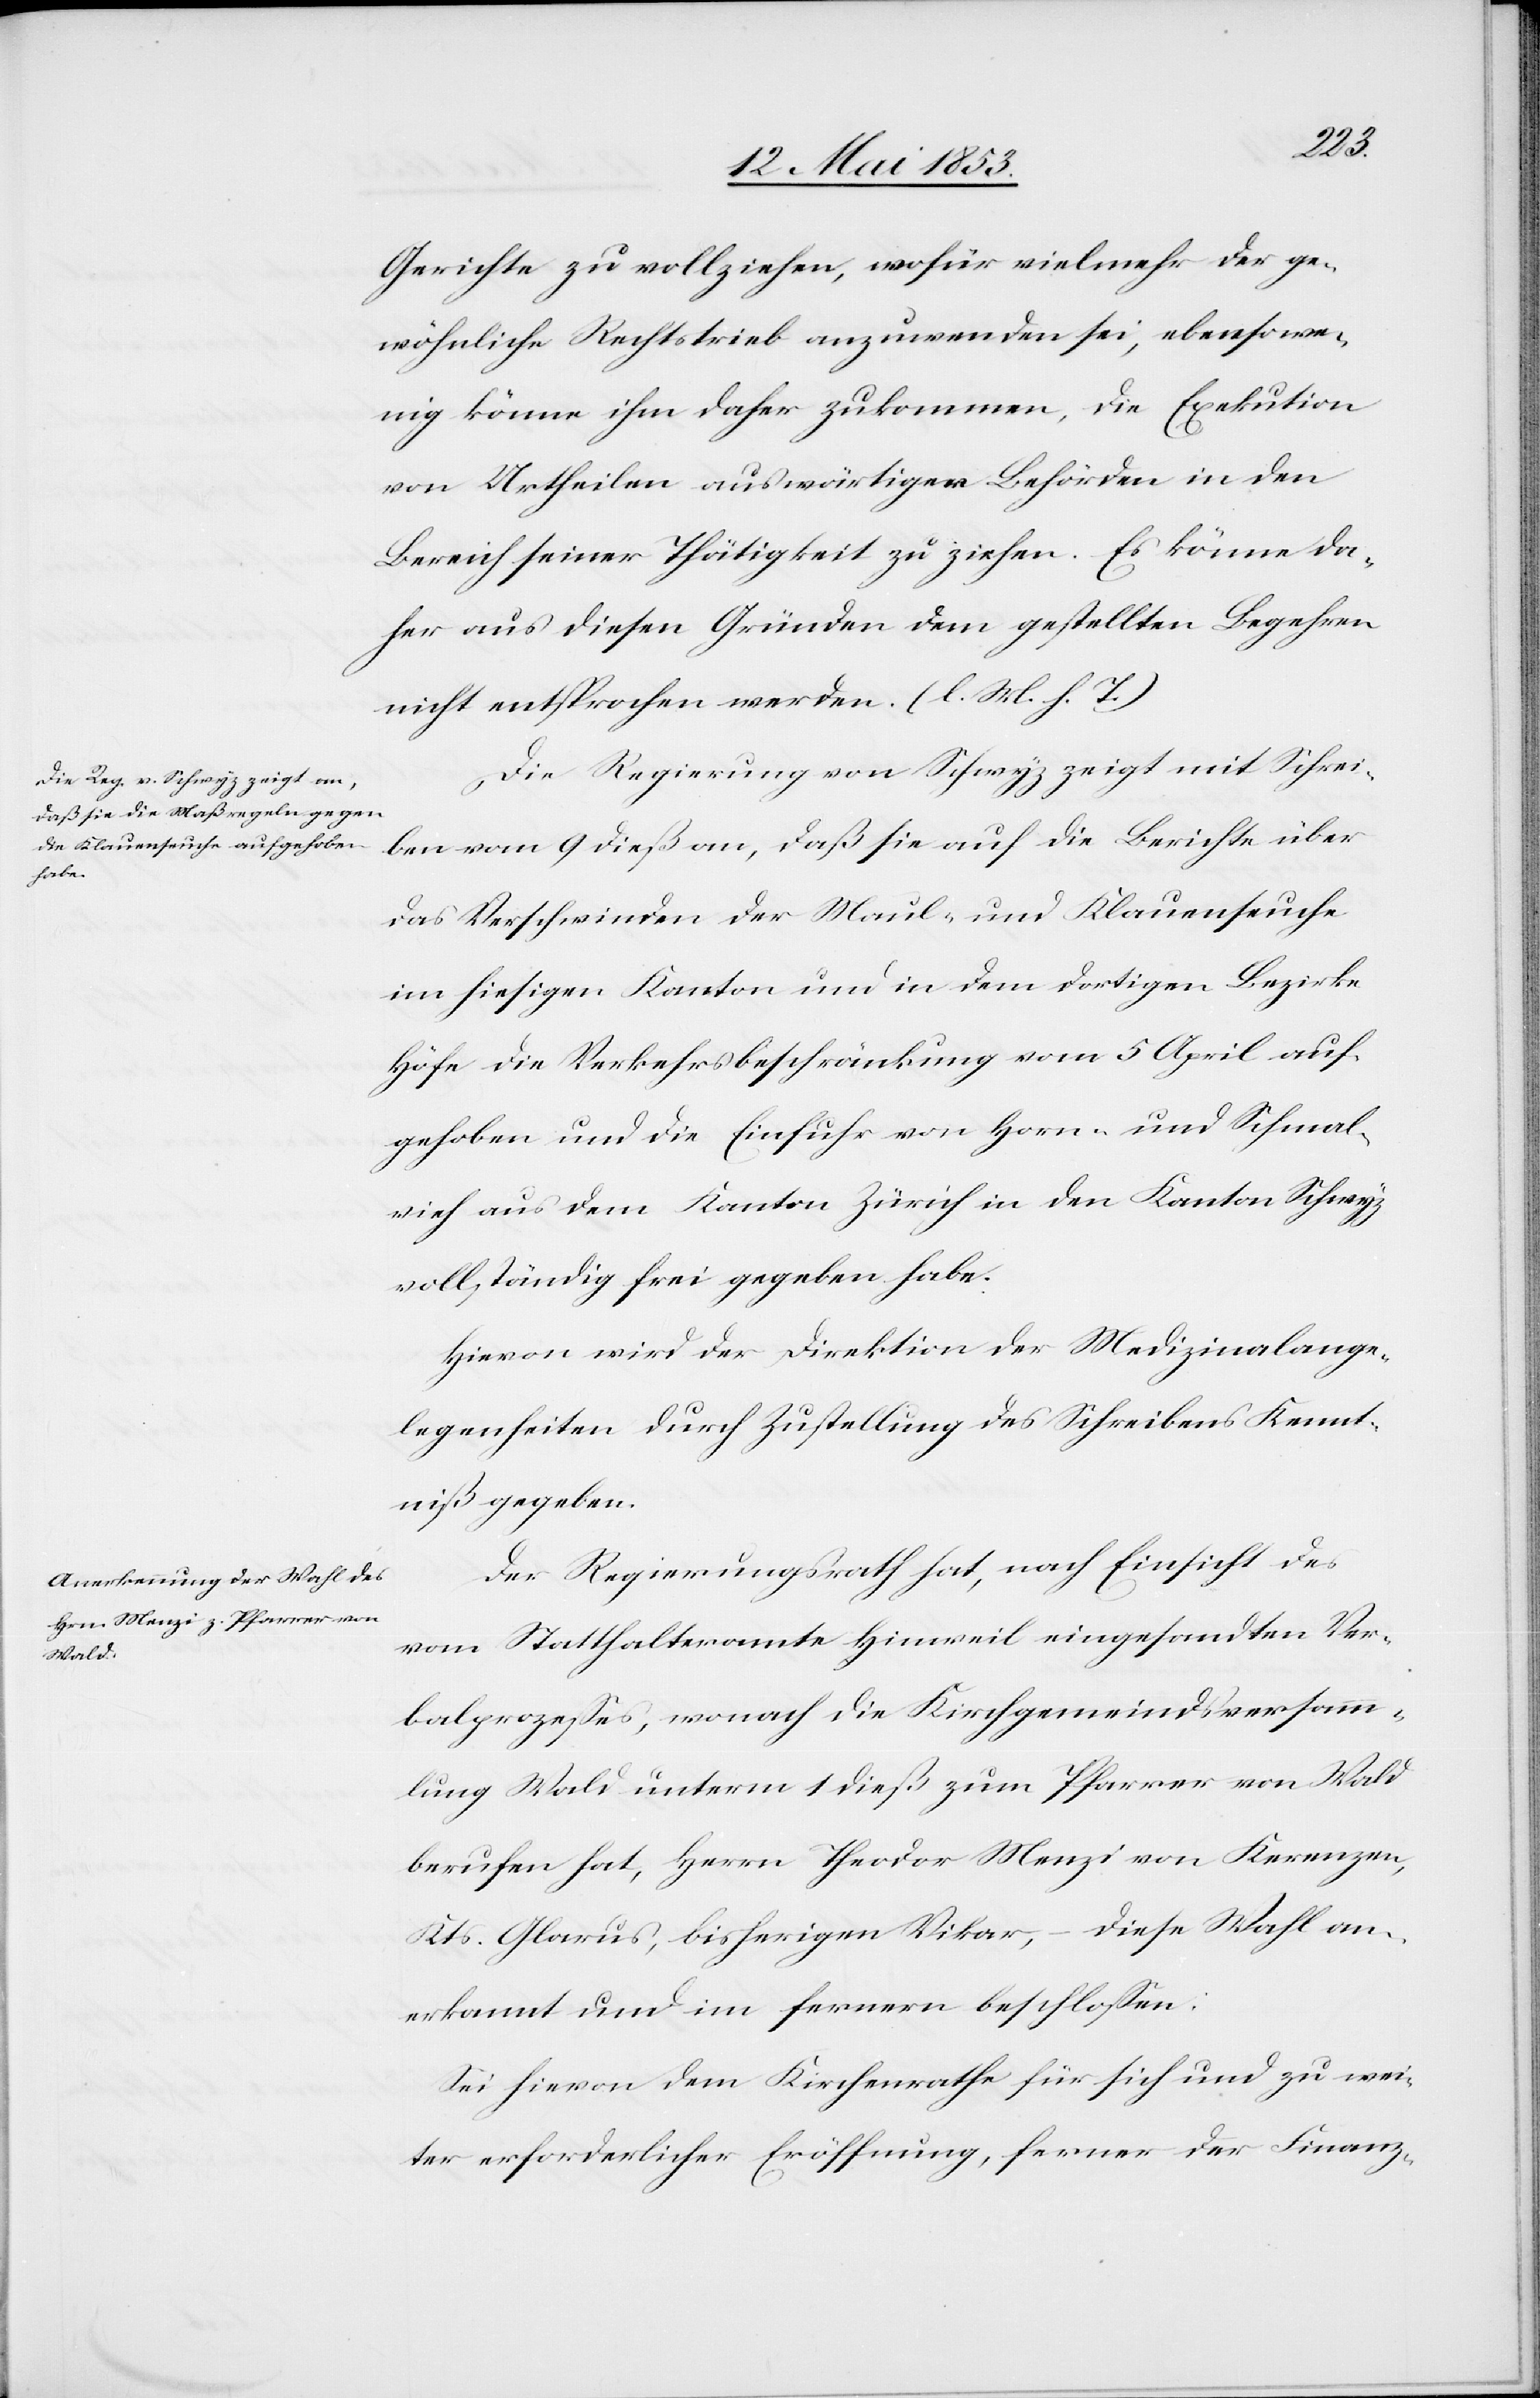
Gerichte zu vollziehen, wofür vielmehr der ge¬
wöhnliche Rechtstrieb anzuwenden sei, ebensowe¬
nig könne ihm daher zukommen, die Exekution
von Urtheilen auswärtiger Behörden in den
Bereich seiner Thätigkeit zu ziehen. Es könne da¬
her aus diesen Gründen dem gestellten Begehren
nicht entsprochen werden. [l. M. h. T]
Die Regierung von Schwyz zeigt mit Schrei¬
ben vom 9 dieß an, daß sie auf die Berichte über
das Verschwinden der Maul- und Klauenseuche
im hiesigen Kanton und in dem dortigen Bezirke
Höfe die Vekehrsbeschränkung vom 5 April auf¬
gehoben und die Einfuhr von Horn- und Schmal¬
vieh aus dem Kanton Zürich in den Kanton Schwyz
vollständig frei gegeben habe.
Hievon wird der Direktion der Medizinalange¬
legenheiten durch Zustellung des Schreibens Kennt¬
niß gegeben.
Der Regierungsrath hat, nach Einsicht des
vom Statthalteramte Hinweil eingesandten Ver¬
balprozeßes, wonach die Kirchgemeindsversamm¬
lung Wald unterm 1 dieß zum Pfarrer von Wald
berufen hat, Herrn Theodor Menzi von Kerenzen,
Kts. Glarus, bisherigen Vikar, – diese Wahl an¬
erkannt und im fernern beschloßen:
Sei hievon dem Kirchenrathe für sich und zu wei¬
ter erforderlicher Eröffnung, ferner der Finanz-